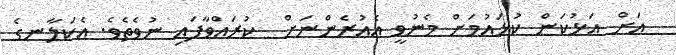
އަށް އަޅުކަން ކުޅައުމަށް މެނުވީ އެއުރެންނަށް  ކުރައްވާފައި ނުވެތެވެ. އެކަލާނގެ